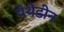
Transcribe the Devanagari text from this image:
पेथेडीन